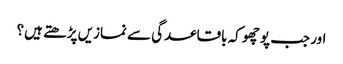
اور جب پوچھو کہ باقاعدگی سے نمازیں پڑھتے ہیں؟